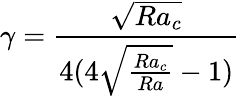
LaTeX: \gamma=\frac{\sqrt{Ra_{c}}}{4(4\sqrt{\frac{Ra_{c}}{Ra}}-1)}